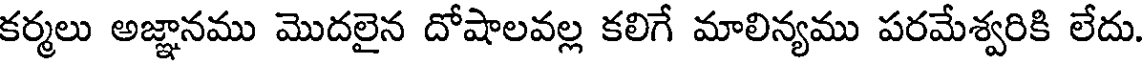
కర్మలు అజ్ఞానము మొదలైన దోషాలవల్ల కలిగే మాలిన్యము పరమేశ్వరికి లేదు.